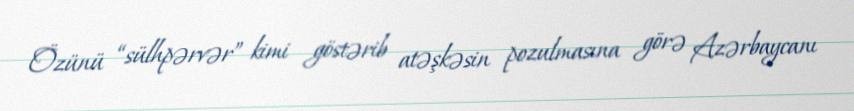
Özünü “sülhpərvər” kimi göstərib atəşkəsin pozulmasına görə Azərbaycanı